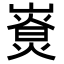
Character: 𡼷